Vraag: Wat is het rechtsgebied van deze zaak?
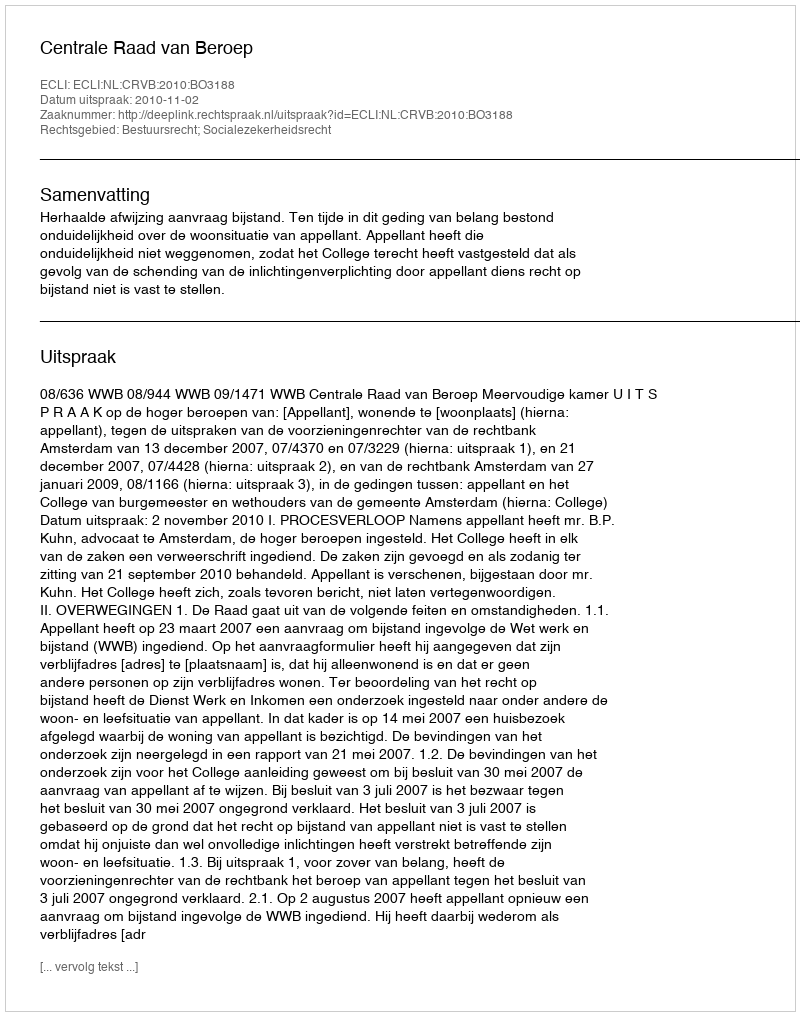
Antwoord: Bestuursrecht; Socialezekerheidsrecht